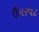
ઉપરવટ